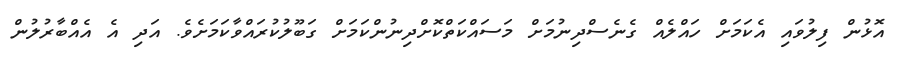
އޮޅުން ފިލުވައި އެކަމަށް ހައްލެއް ގެނެސްދިނުމަށް މަސައްކަތްކޮށްދިނުންކަމަށް ގަބޫލުކުރައްވާކަމަށެވެ. އަދި އެ އެއްބާރުލުން